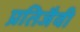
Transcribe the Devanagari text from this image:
प्रतिजैवी